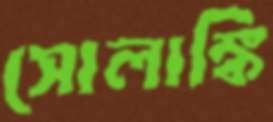
সোলাঙ্কি